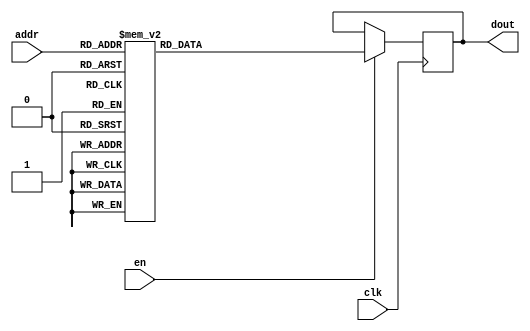
`timescale 1ns / 1ps
/*
Copyright
All right reserved.
Module Name: rom_syn
Author  : Zichuan Liu, Yixing Li and Wenye Liu.
Description:
A synthesized ROM: ROM_DEP x ROM_WID
*/
module DC_5_REF_ROM_1(
// inputs
clk,
en,
addr,
// outputs
dout
);
localparam ROM_WID = 14;
localparam ROM_DEP = 128;
localparam ROM_ADDR = 7;
// input definition
input clk;
input en;
input [ROM_ADDR-1:0] addr;
// output definition
output [ROM_WID-1:0] dout;
reg [ROM_WID-1:0] data;
always @(posedge clk)
begin
if (en) begin
case(addr)
		7'd0: data <= 14'b01001000001011;
		7'd1: data <= 14'b01001011000010;
		7'd2: data <= 14'b01001001100101;
		7'd3: data <= 14'b01001010010101;
		7'd4: data <= 14'b01001000100001;
		7'd5: data <= 14'b01001001010100;
		7'd6: data <= 14'b01001001011000;
		7'd7: data <= 14'b01001001101110;
		7'd8: data <= 14'b01001000101000;
		7'd9: data <= 14'b01001100011111;
		7'd10: data <= 14'b01001001110100;
		7'd11: data <= 14'b01001100001110;
		7'd12: data <= 14'b01001011001000;
		7'd13: data <= 14'b01001000111011;
		7'd14: data <= 14'b01001001111101;
		7'd15: data <= 14'b01000111111010;
		7'd16: data <= 14'b01001101100101;
		7'd17: data <= 14'b01001000101000;
		7'd18: data <= 14'b01001101001111;
		7'd19: data <= 14'b01001110101110;
		7'd20: data <= 14'b01001000000001;
		7'd21: data <= 14'b01001011111000;
		7'd22: data <= 14'b01001001011101;
		7'd23: data <= 14'b01001011111011;
		7'd24: data <= 14'b01000111001001;
		7'd25: data <= 14'b01001000110011;
		7'd26: data <= 14'b01001100000001;
		7'd27: data <= 14'b01000111110110;
		7'd28: data <= 14'b01001010100100;
		7'd29: data <= 14'b01001001110110;
		7'd30: data <= 14'b01000001110011;
		7'd31: data <= 14'b01001100101000;
		7'd32: data <= 14'b01001001101110;
		7'd33: data <= 14'b01001001000110;
		7'd34: data <= 14'b01001011001001;
		7'd35: data <= 14'b01001010101011;
		7'd36: data <= 14'b01000111110101;
		7'd37: data <= 14'b01001011000001;
		7'd38: data <= 14'b01001100100111;
		7'd39: data <= 14'b01001101101000;
		7'd40: data <= 14'b01001011110111;
		7'd41: data <= 14'b01000110000111;
		7'd42: data <= 14'b01001101001000;
		7'd43: data <= 14'b01001100010101;
		7'd44: data <= 14'b01001011001110;
		7'd45: data <= 14'b01001011101111;
		7'd46: data <= 14'b01001001001010;
		7'd47: data <= 14'b01000111011000;
		7'd48: data <= 14'b01001001011010;
		7'd49: data <= 14'b01001011001100;
		7'd50: data <= 14'b01001100111110;
		7'd51: data <= 14'b01001010111011;
		7'd52: data <= 14'b01001010001001;
		7'd53: data <= 14'b01000110001000;
		7'd54: data <= 14'b01001101110111;
		7'd55: data <= 14'b01001000100110;
		7'd56: data <= 14'b01001101011011;
		7'd57: data <= 14'b01001101010000;
		7'd58: data <= 14'b01000110010001;
		7'd59: data <= 14'b01001101101000;
		7'd60: data <= 14'b01001111010100;
		7'd61: data <= 14'b01001011101010;
		7'd62: data <= 14'b01001010100111;
		7'd63: data <= 14'b01001110110110;
		7'd64: data <= 14'b01001010001000;
		7'd65: data <= 14'b01000110010001;
		7'd66: data <= 14'b01000111100001;
		7'd67: data <= 14'b01001001101101;
		7'd68: data <= 14'b01001100001010;
		7'd69: data <= 14'b01001101010100;
		7'd70: data <= 14'b01001100000111;
		7'd71: data <= 14'b01001110100110;
		7'd72: data <= 14'b01001011111000;
		7'd73: data <= 14'b01000111111111;
		7'd74: data <= 14'b01001001011001;
		7'd75: data <= 14'b01000110110000;
		7'd76: data <= 14'b01001001100001;
		7'd77: data <= 14'b01001010010000;
		7'd78: data <= 14'b01001010000010;
		7'd79: data <= 14'b01001010011000;
		7'd80: data <= 14'b01000111101110;
		7'd81: data <= 14'b01001011000100;
		7'd82: data <= 14'b01000110100100;
		7'd83: data <= 14'b01001101011000;
		7'd84: data <= 14'b01001010000001;
		7'd85: data <= 14'b01001100000011;
		7'd86: data <= 14'b01001011001110;
		7'd87: data <= 14'b01001100010010;
		7'd88: data <= 14'b01001010011000;
		7'd89: data <= 14'b01000111100010;
		7'd90: data <= 14'b01001100001010;
		7'd91: data <= 14'b01001001101101;
		7'd92: data <= 14'b01001100001000;
		7'd93: data <= 14'b01001010001011;
		7'd94: data <= 14'b01001011111101;
		7'd95: data <= 14'b01000111111001;
		7'd96: data <= 14'b01001000010100;
		7'd97: data <= 14'b01000111111100;
		7'd98: data <= 14'b01001000100000;
		7'd99: data <= 14'b01001000100000;
		7'd100: data <= 14'b01000110100101;
		7'd101: data <= 14'b01001000000110;
		7'd102: data <= 14'b01001011001110;
		7'd103: data <= 14'b01001100001010;
		7'd104: data <= 14'b01001000110101;
		7'd105: data <= 14'b01001001011011;
		7'd106: data <= 14'b01001101101010;
		7'd107: data <= 14'b01001000100101;
		7'd108: data <= 14'b01001101000100;
		7'd109: data <= 14'b01001100010111;
		7'd110: data <= 14'b01001001101001;
		7'd111: data <= 14'b01001001111011;
		7'd112: data <= 14'b01001010011111;
		7'd113: data <= 14'b01001010111110;
		7'd114: data <= 14'b01001101001011;
		7'd115: data <= 14'b01001010011000;
		7'd116: data <= 14'b01000111101010;
		7'd117: data <= 14'b01001000011011;
		7'd118: data <= 14'b01001000111101;
		7'd119: data <= 14'b01010000001111;
		7'd120: data <= 14'b01001011001010;
		7'd121: data <= 14'b01001010101101;
		7'd122: data <= 14'b01000110011010;
		7'd123: data <= 14'b01001001111101;
		7'd124: data <= 14'b01001010111100;
		7'd125: data <= 14'b01001010001001;
		7'd126: data <= 14'b01001110101100;
		7'd127: data <= 14'b01001010101000;
		endcase
		end
	end
	assign dout = data;
endmodule